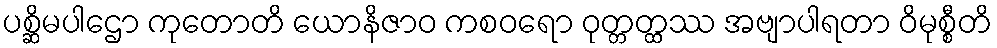
ပစ္ဆိမပါဌော ကုတောတိ ယောနိဇာဝ ကစဝရော ဝုတ္တတ္ထဿ အဗျာပါရတာ ဝိမုစ္စီတိ